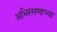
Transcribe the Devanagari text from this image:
अभिरसणाच्या